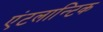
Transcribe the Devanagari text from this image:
एंटलान्टिक